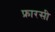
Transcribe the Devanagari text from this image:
फ्रारसी